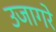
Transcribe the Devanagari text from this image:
उजागरे